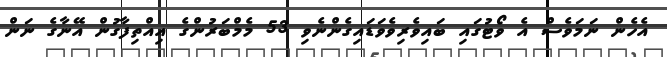
އެހެން ނަމަވެސް އެ ވޯޓުގައި ބައިވެރިވެވަޑައިގެންނެވި 53 މެމްބަރުންގެ އިއްތިފާގުން އޭނާގެ ނަން